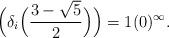
LaTeX: \begin{align*}\Big(\delta_i\Big(\frac{3-\sqrt{5}}{2}\Big)\Big)= 1(0)^{\infty}.\end{align*}